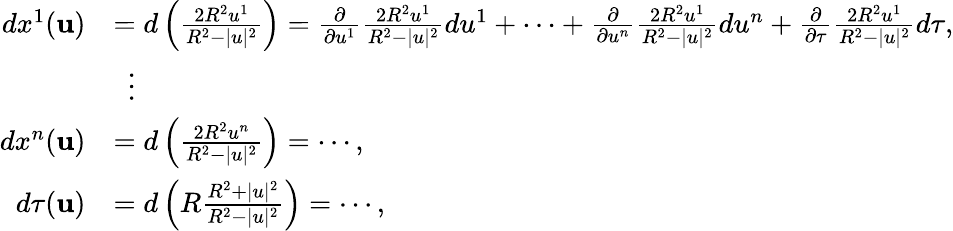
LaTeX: {\begin{array}{rl}{dx^{1}(\mathbf{u})}&{=d\left({\frac{2R^{2}u^{1}}{R^{2}-|u|^{2}}}\right)={\frac{\partial}{\partial u^{1}}}{\frac{2R^{2}u^{1}}{R^{2}-|u|^{2}}}du^{1}+\cdots+{\frac{\partial}{\partial u^{n}}}{\frac{2R^{2}u^{1}}{R^{2}-|u|^{2}}}du^{n}+{\frac{\partial}{\partial\tau}}{\frac{2R^{2}u^{1}}{R^{2}-|u|^{2}}}d\tau,}\\ &{\ \ \vdots}\\ {dx^{n}(\mathbf{u})}&{=d\left({\frac{2R^{2}u^{n}}{R^{2}-|u|^{2}}}\right)=\cdots,}\\ {d\tau(\mathbf{u})}&{=d\left(R{\frac{R^{2}+|u|^{2}}{R^{2}-|u|^{2}}}\right)=\cdots,}\end{array}}